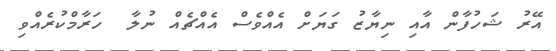
އޭރު ޝަަހުފާން އާއި ނިޔާޒު ގަޔަށް އެއްވެސް އެއްޗެއް ނުލާ  ހަރާމްކުރެއްވި